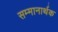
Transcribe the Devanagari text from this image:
सम्मानार्थक